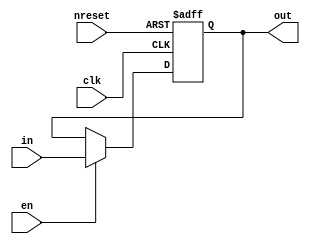
module oh_reg1 #(parameter DW = 1            // data width
		 ) 
   ( input           nreset, //async active low reset
     input 	     clk, // clk
     input 	     en, // write enable
     input [DW-1:0]  in, // input data
     output [DW-1:0] out  // output data (stable/latched when clk=1)
     );
   
   reg [DW-1:0]      out_reg;	   
   always @ (posedge clk or negedge nreset)
     if(!nreset)
       out_reg[DW-1:0] <= 'b0;
     else if(en)	      
       out_reg[DW-1:0] <= in[DW-1:0];
   assign out[DW-1:0] = out_reg[DW-1:0];	   
   
endmodule